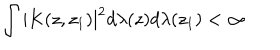
\int | K ( z , z _ { 1 } ) | ^ { 2 } d \lambda ( z ) d \lambda ( z _ { 1 } ) < \infty